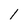
Character: l